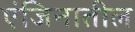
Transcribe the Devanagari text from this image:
एंजिनातील